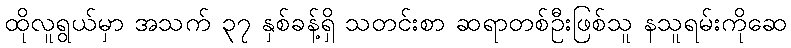
ထိုလူရွယ်မှာ အသက် ၃၇ နှစ်ခန့်ရှိ သတင်းစာ ဆရာတစ်ဦးဖြစ်သူ နသူရမ်းကိုဆေ